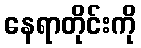
နေရာတိုင်းကို